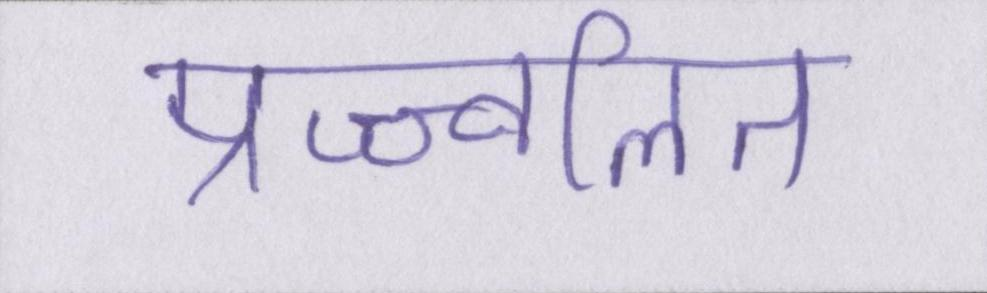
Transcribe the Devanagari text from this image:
प्रज्ज्वलित